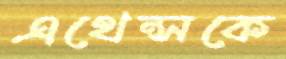
এথেন্সকে